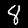
Label: 8